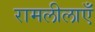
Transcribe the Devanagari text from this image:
रामलीलाएँ